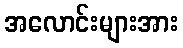
အလောင်းများအား